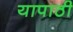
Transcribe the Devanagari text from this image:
यापाठी